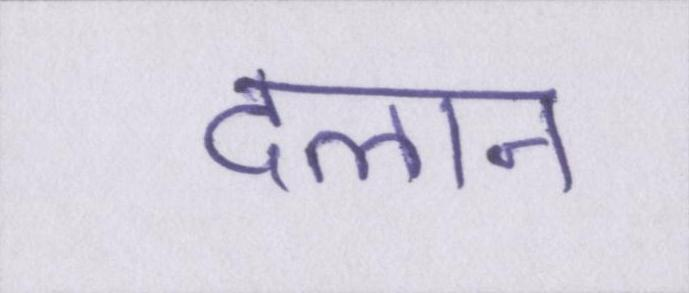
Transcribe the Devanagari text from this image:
दलान